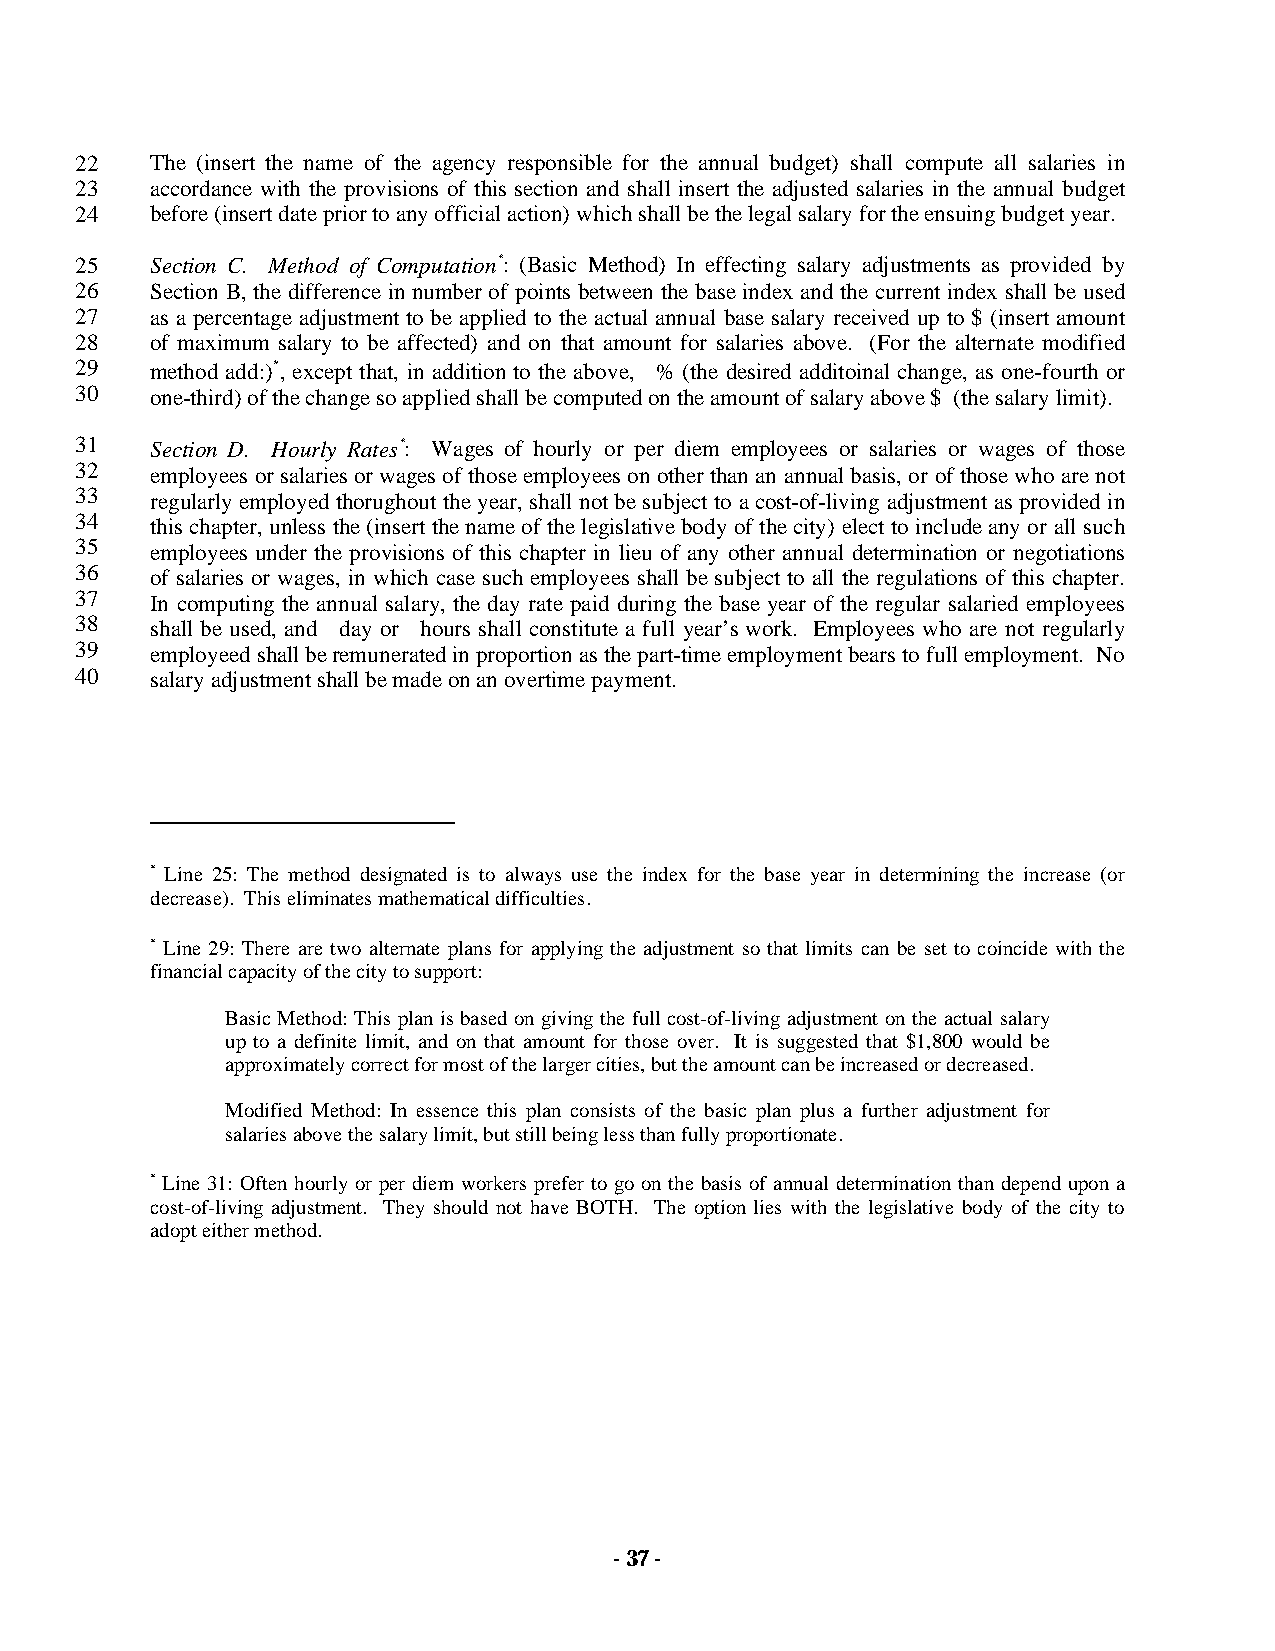
22   The (insert the name of the agency responsible for the annual budget) shall compute all salaries in
 23   accordance with the provisions of this section and shall insert the adjusted salaries in the annual budget
 24   before (insert date prior to any official action) which shall be the legal salary for the ensuing budget year.
 25   Section C. Method of Computation*: (Basic Method) In effecting salary adjustments as provided by
 26   Section B, the difference in number of points between the base index and the current index shall be used
 27   as a percentage adjustment to be applied to the actual annual base salary received up to $ (insert amount
 28   of maximum salary to be affected) and on that amount for salaries above. (For the alternate modified
 29   method add:)*, except that, in addition to the above, % (the desired additoinal change, as one-fourth or
 30   one-third) of the change so applied shall be computed on the amount of salary above $ (the salary limit).
 31   Section D. Hourly Rates*: Wages of hourly or per diem employees or salaries or wages of those
 32   employees or salaries or wages of those employees on other than an annual basis, or of those who are not
 33   regularly employed thorughout the year, shall not be subject to a cost-of-living adjustment as provided in
 34   this chapter, unless the (insert the name of the legislative body of the city) elect to include any or all such
 35   employees under the provisions of this chapter in lieu of any other annual determination or negotiations
 36   of salaries or wages, in which case such employees shall be subject to all the regulations of this chapter.
 37   In computing the annual salary, the day rate paid during the base year of the regular salaried employees
 38   shall be used, and day or hours shall constitute a full year’s work. Employees who are not regularly
 39   employeed shall be remunerated in proportion as the part-time employment bears to full employment. No
 40   salary adjustment shall be made on an overtime payment.
 * Line 25: The method designated is to always use the index for the base year in determining the increase (or
 decrease). This eliminates mathematical difficulties.
 * Line 29: There are two alternate plans for applying the adjustment so that limits can be set to coincide with the
 financial capacity of the city to support:
 Basic Method: This plan is based on giving the full cost-of-living adjustment on the actual salary
 up to a definite limit, and on that amount for those over. It is suggested that $1,800 would be
 approximately correct for most of the larger cities, but the amount can be increased or decreased.
 Modified Method: In essence this plan consists of the basic plan plus a further adjustment for
 salaries above the salary limit, but still being less than fully proportionate.
 * Line 31: Often hourly or per diem workers prefer to go on the basis of annual determination than depend upon a
 cost-of-living adjustment. They should not have BOTH. The option lies with the legislative body of the city to
 adopt either method.
 - 37 -